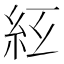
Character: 𥾬